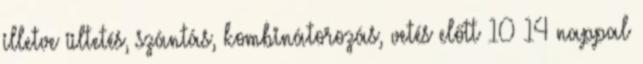
illetve ültetés, szántás, kombinátorozás, vetés előtt 10 14 nappal